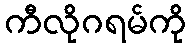
ကီလိုဂရမ်ကို